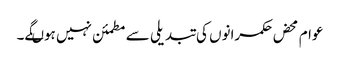
عوام محض حکمرانوں کی تبدیلی سے مطمئن نہیں ہوںگے۔